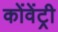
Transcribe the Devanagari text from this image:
कोंवेंट्री